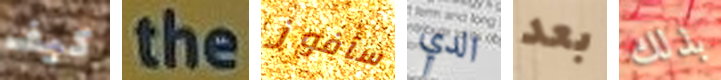
كيف the سأفوز الدي بعد بذلك